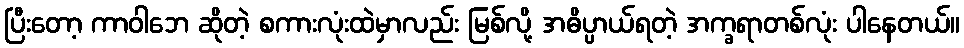
ပြီးတော့ ကာဝါဘေ ဆိုတဲ့ စကားလုံးထဲမှာလည်း မြစ်လို့ အဓိပ္ပာယ်ရတဲ့ အက္ခရာတစ်လုံး ပါနေတယ်။